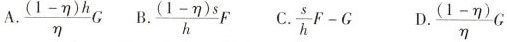
A. $$\frac{(1- \eta)h}{\eta}G$$ B. $$\frac{(1- \eta)s}{h}$$ C. $$\frac{s}{h}F-G$$ D.( $$\frac{(1- \eta)}{\eta}G$$